Report of the Indian Hemp Drugs Commission, 1894-1895 - Volume VII
Year: 1894
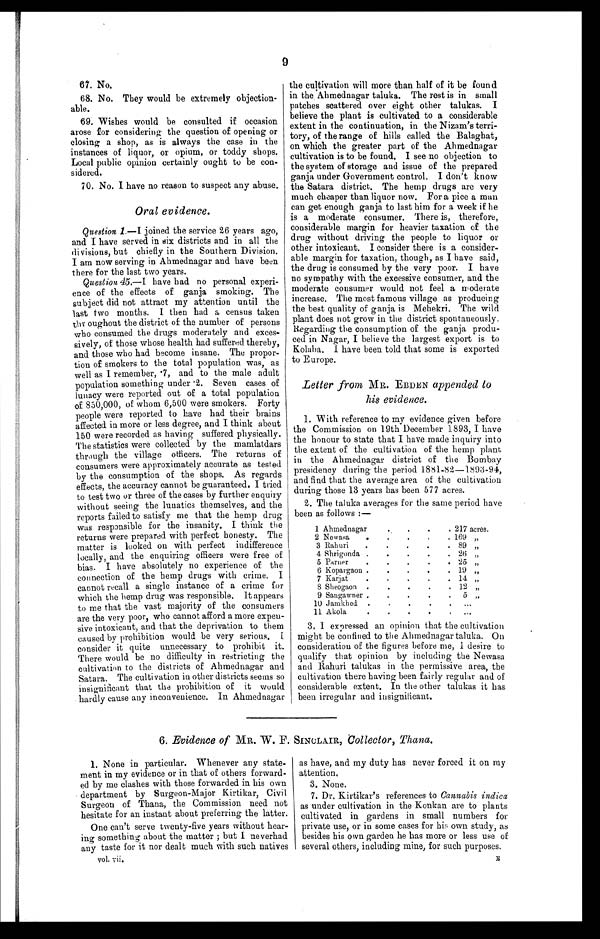
9
67. No.
68. No. They would be extremely objection-
able.
69. Wishes would be consulted if occasion
arose for considering the question of opening or
closing a shop, as is always the case in the
instances of liquor, or opium, or toddy shops.
Local public opinion certainly ought to be
con-sidered.
70. No. I have no reason to suspect any abuse.
Oral evidence.
Question 1.—I joined the service 26 years ago,
and I have served in six districts and in all the
divisions, but chiefly in the Southern Division.
I am now serving in Abmednagar and have been
there for the last two years.
Question 45.—I have had no personal experi-
ence of the effects of ganja smoking. The
subject did not attract my attention until the
last two months. I then had a census taken
thr oughout the district of the number of persons
who consumed the drugs moderately and exces--
sively, of those whose health had suffered thereby,
and those who had become insane. The propor--
tion of smokers to the total population was, as
well as I remember, • 7, and to the male adult
population something under • 2. Seven cases of
lunacy were reported out of a total population
of 850,000, of whom 6,500 were smokers. Forty
people were reported to have had their brains
affected in more or less degree, and I think about
150 were recorded as having suffered physically.
The statistics were collected by the mamlatdars
through the village officers. The returns of
consumers were approximately accurate as tested
by the consumption of the shops. As regards
effects, the accuracy cannot be guaranteed. I tried
to test two or three of the cases by further enquiry
without seeing the lunatics themselves, and the
reports failed to satisfy me that the hemp drug
was responsible for the insanity. I think the
returns were prepared with perfect honesty. The
matter is looked on with perfect indifference
locally, and the enquiring officers were free of
bias. I have absolutely no experience of the
connection of the hemp drugs with crime. I
cannot recall a single instance of a crime for
which the hemp drug was responsible. It appears
to me that the vast majority of the consumers
are the very poor, who cannot afford a more expen--
sive intoxicant, and that the deprivation to them
caused by prohibition would be very serious. I
consider it quite unnecessary to prohibit it.
There would be no difficulty in restricting the
cultivation to the districts of Ahmednagar and
Satara. The cultivation in other districts seems so
insignificant that the prohibition of it would
hardly cause any inconvenience. In Ahmednagar
the cultivation will more than half of it be found
in the Ahmednagar taluka. The rest is in small
patches scattered over eight other talukas. I
believe the plant is cultivated to a considerable
extent in the continuation, in the Nizam's terri--
tory, of the range of hills called the Balaghat,
on which the greater part of the Ahmednagar
cultivation is to be found. I see no objection to
the system of storage and issue of the prepared
ganja under Government control. I don't know
the Satara district. The hemp drugs are very
much cheaper than liquor now. For a pice a man
can get enough ganja to last him for a week if he
is a moderate consumer. There is, therefore,
considerable margin for heavier taxation of the
drug without driving the people to liquor or
other intoxicant. I consider there is a consider--
able margin for taxation, though, as I have said,
the drug is consumed by the very poor. I have
no sympathy with the excessive consumer, and the
moderate consumer would not feel a moderate
increase, The most famous village as producing
the best quality of ganja is Mehekri. The wild
plant does not grow in the district spontaneously.
Regarding the consumption of the ganja produ-
- c e d i n N a g a r , I b e l i e v e t h e l a r g e s t e x p o r t i s t o
Kolaba. I have been told that some is exported
to Europe.
Letter from MR. EBDEN appended to
his evidence.
1. With reference to my evidence given before
the Commission on 19th December 1893, I have
the honour to state that I have made inquiry into
the extent of the cultivation of the hemp plant
in the Ahmednagar district of the Bombay
presidency during the period 1881-82-1893-94,
and find that the average area of the cultivation
during those 13 years has been 577 acres.
2. The taluka averages for the same period have
been as follows :—
1 Ahmednagar
.
.
. 217 acres.
2 Newasa
.
.
. 169 ,,
3 Rahuri
.
.
.
.
. 89 „
4 Shrigonda .
.
.
.
. 26 „
5 Parner
•
.
.
.
. 25
6 Kopargaon .
.
.
.
. 19 „
7 Karjat
.
.
.
.
. 14 „
Sheogaon .
.
.
.
. 12 „
9 Sangawner .
.
.
. 5 „
10 Jamkhed .
.
.
11 Akola
„
3, I expressed an opinion that the cultivation
might be confined to the Ahmednagar taluka. On
consideration of the figures before me, I desire to
qualify that opinion by including the Newasa
and Rahuri talukas in the permissive area, the
cultivation there having been fairly regular and of
considerable extent. In the other talukas it has
been irregular and insignificant.
6. Evidence of MR. W. F. SINCLAIR, Collector, Thana.
1. None in particular. Whenever any state-
ment in my evidence or in that of others forward--
ed by me clashes with those forwarded in his own
department by Surgeon-Major Kirtikar, Civil
Surgeon of Thana, the Commission need not
hesitate for an instant about preferring the latter.
One can't serve twenty-five years without hear-
- i n g s o m e t h i n g a b o u t t h e m a t t e r ; b u t I n e v e r h a d
any taste for it nor dealt much with such natives
vol. --vii.
as have, and my duty has never forced it on my
attention,
3. None.
7. Dr, Kirtikar's references to Cannabis indica
as under cultivation in the Konkan are to plants
cultivated in gardens in small numbers for
private use, or in some cases for his own study, as
besides his own garden he has more or less use of
several others, including mine, for such purposes.